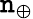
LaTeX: \mathtt{n}_{\oplus}